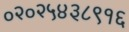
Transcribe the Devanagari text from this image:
०२०२५४३८९१६